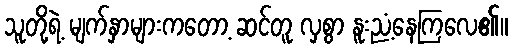
သူတို့ရဲ့ မျက်နှာများကတော့ ဆင်တူ လှစွာ နူးညံ့နေကြလေ၏။